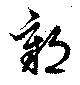
障